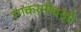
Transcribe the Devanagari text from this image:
रंगकर्मींवरही